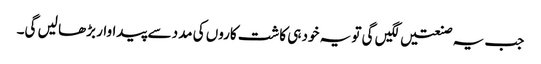
جب یہ صنعتیں لگیں گی تو یہ خود ہی کاشت کاروں کی مدد سے پیداوار بڑھا لیں گی۔